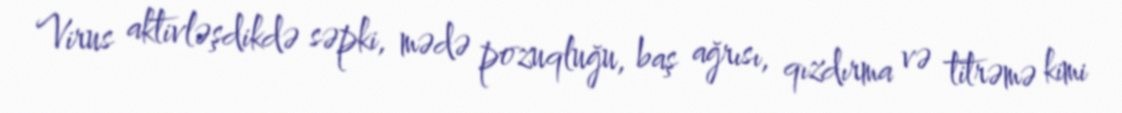
Virus aktivləşdikdə səpki, mədə pozuqluğu, baş ağrısı, qızdırma və titrəmə kimi